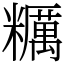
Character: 糲